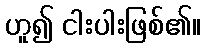
ဟူ၍ ငါးပါးဖြစ်၏။